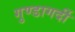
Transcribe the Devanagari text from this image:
गुण्डागर्दी